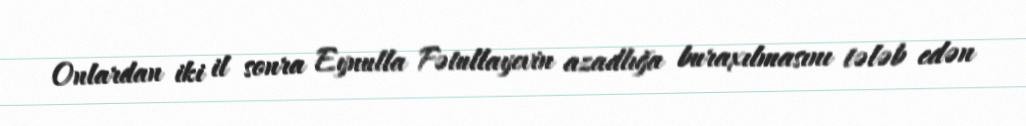
Onlardan iki il sonra Eynulla Fətullayevin azadlığa buraxılmasını tələb edən